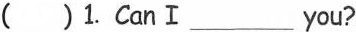
( )1.Can I ___ you?